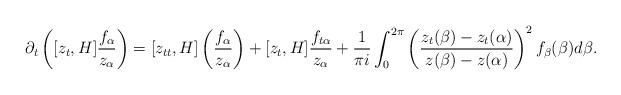
LaTeX: \begin{align*}\partial_{t}\left([z_{t},H]\frac{f_{\alpha}}{z_{\alpha}}\right)=[z_{tt},H]\left(\frac{f_{\alpha}}{z_{\alpha}}\right)+[z_{t},H]\frac{f_{t\alpha}}{z_{\alpha}}+\frac{1}{\pi i}\int_{0}^{2\pi}\left(\frac{z_{t}(\beta)-z_{t}(\alpha)}{z(\beta)-z(\alpha)}\right)^{2}f_{\beta}(\beta)d\beta.\end{align*}